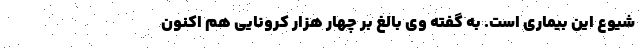
شیوع این بیماری است. به گفته وی بالغ بر چهار هزار کرونایی هم اکنون